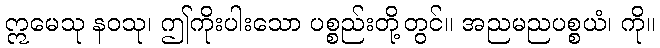
ဣမေသု နဝသု၊ ဤကိုးပါးသော ပစ္စည်းတို့တွင်။ အညမညပစ္စယံ၊ ကို။